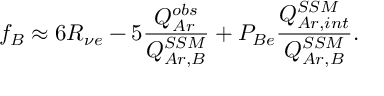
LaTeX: f _ { B } \approx 6 R _ { \nu e } - 5 \frac { Q _ { A r } ^ { o b s } } { Q _ { A r , B } ^ { S S M } } + P _ { B e } \frac { Q _ { A r , i n t } ^ { S S M } } { Q _ { A r , B } ^ { S S M } } .